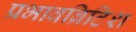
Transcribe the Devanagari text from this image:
प्रभावब्रिटिश